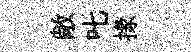
敞叱掾